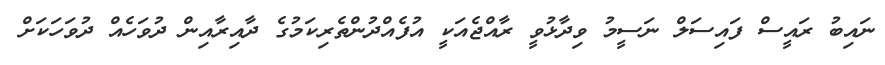
ނައިބު ރައީސް ފައިސަލް ނަސީމު ވިދާޅުވީ ރާއްޖެއަކީ އުފެއްދުންތެރިކަމުގެ ދާއިރާއިން ދުވަހެއް ދުވަހަކަށް